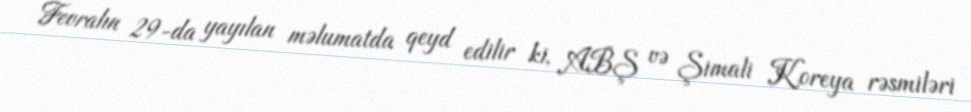
Fevralın 29-da yayılan məlumatda qeyd edilir ki, ABŞ və Şimali Koreya rəsmiləri